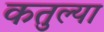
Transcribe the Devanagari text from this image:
कतुल्या